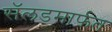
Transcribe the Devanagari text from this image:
सॅलडमार्फत